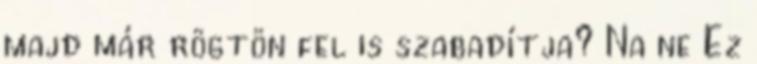
majd már rögtön fel is szabadítja? Na ne Ez